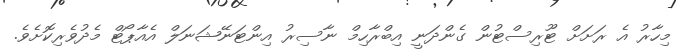
މިހާރު އެ ރަށަށް ޓޫރިސްޓުން ގެންދަނީ އިބްރާހިމް ނާސިރު އިންޓަނޭޝަނަލް އެއާޕޯޓް މެދުވެރިކޮށެވެ.